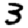
Digit: 3